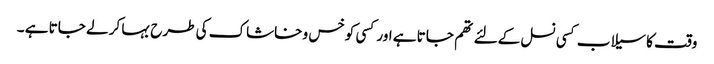
وقت کا سیلاب کسی نسل کےلئے تھم جاتا ہے اور کسی کو خس و خاشاک کی طرح بہا کر لے جاتا ہے ۔